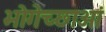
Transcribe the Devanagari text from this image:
भोगेच्छाओं